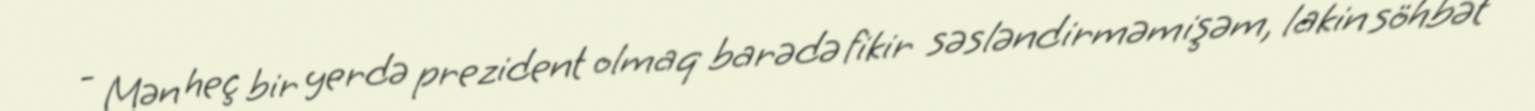
- Mən heç bir yerdə prezident olmaq barədə fikir səsləndirməmişəm, lakin söhbət